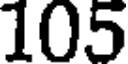
105